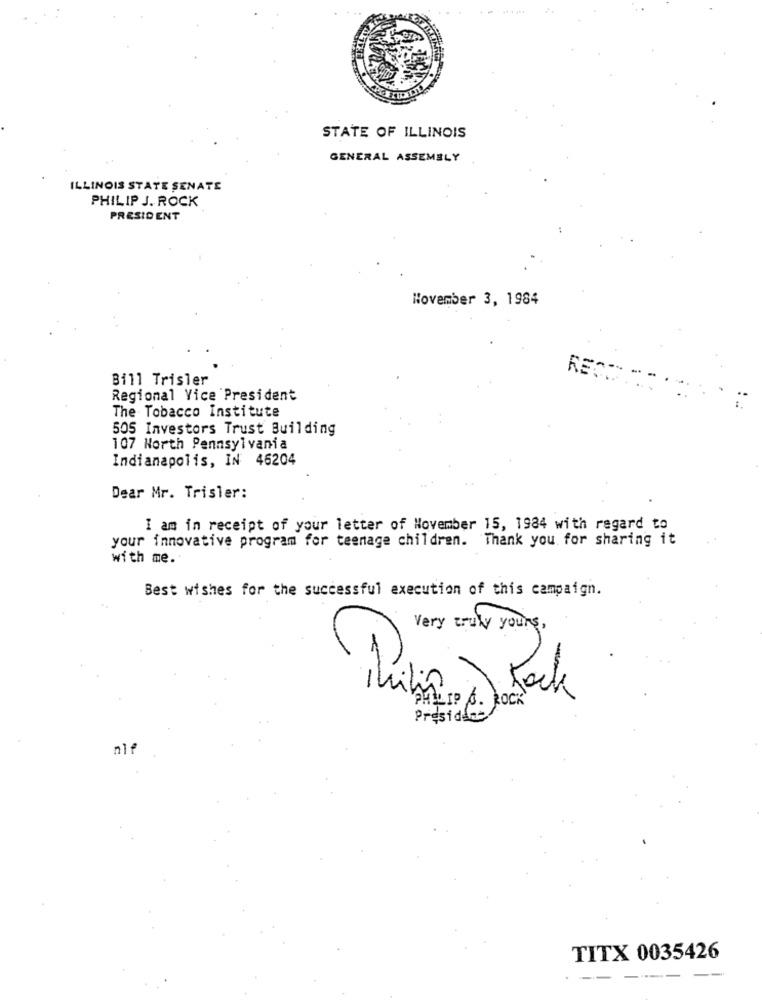
STATE OF ILLINOIS
GENERAL ASSEMBLY
ILLINOIS STATE SENATE
PHILIP J. ROCK
PRESIDENT
November 3, 1984
Bill Trisler
Regional Vice President
The Tobacco Institute
505 Investors Trust Building
107 North Pennsylvania
Indianapolis, IN 46204
Dear Mr. Trisler:
I am in receipt of your letter of November 15, 1984 with regard to
your innovative program for teenage children. Thank you for sharing it
with me.
Best wishes for the successful execution of this campaign.
very truly yours ,
Thilin
Jock
PHILLIP 6. ROCK
President
nie
TITX 0035426